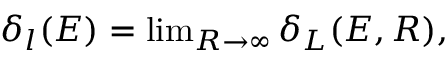
\begin{array} { r } { \delta _ { l } ( E ) = \operatorname* { l i m } _ { R \to \infty } \delta _ { L } ( E , R ) , } \end{array}